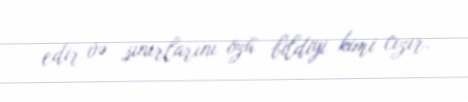
edir və sınırlarını özü bildiyi kimi cızır.